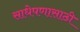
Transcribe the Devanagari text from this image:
साधेपणासाठी